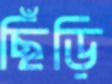
ছিঁড়ি